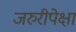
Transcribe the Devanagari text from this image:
जरुरीपेक्षा